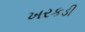
ખરકડી